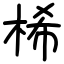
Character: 桸